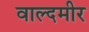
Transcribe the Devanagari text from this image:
वाल्दमीर